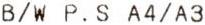
B/W P.S A4/A3